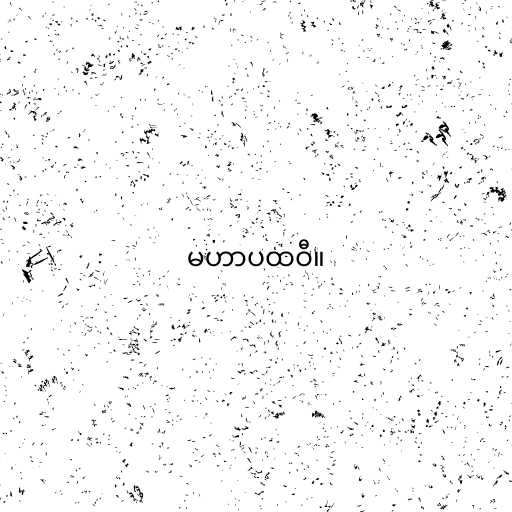
မဟာပထဝီ။